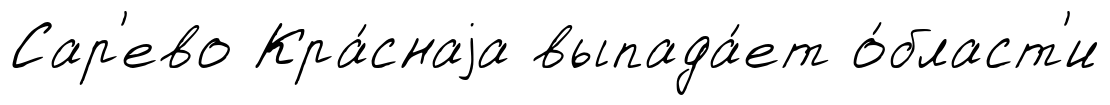
Сар'ево Кра́снаjа выпада́ет о́бласт'и